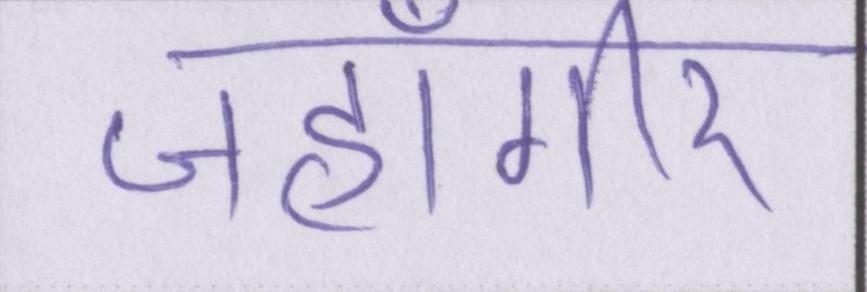
जहाँगीर